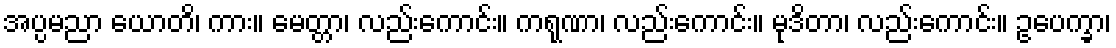
အပ္ပမညာ ယောတိ၊ ကား။ မေတ္တာ၊ လည်းကောင်း။ ကရုဏာ၊ လည်းကောင်း။ မုဒိတာ၊ လည်းကောင်း။ ဥပေက္ခာ၊